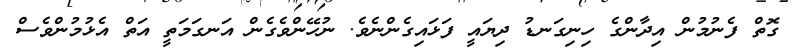
ގޮތްް ފެނުމުން އިދާންގެ ހިނިގަނޑު ދިޔައީ ފަޅައިގެންނެވެ. ނުހޭންވެގެން އަނގަމަތީ އަތް އެޅުމުންވެސް